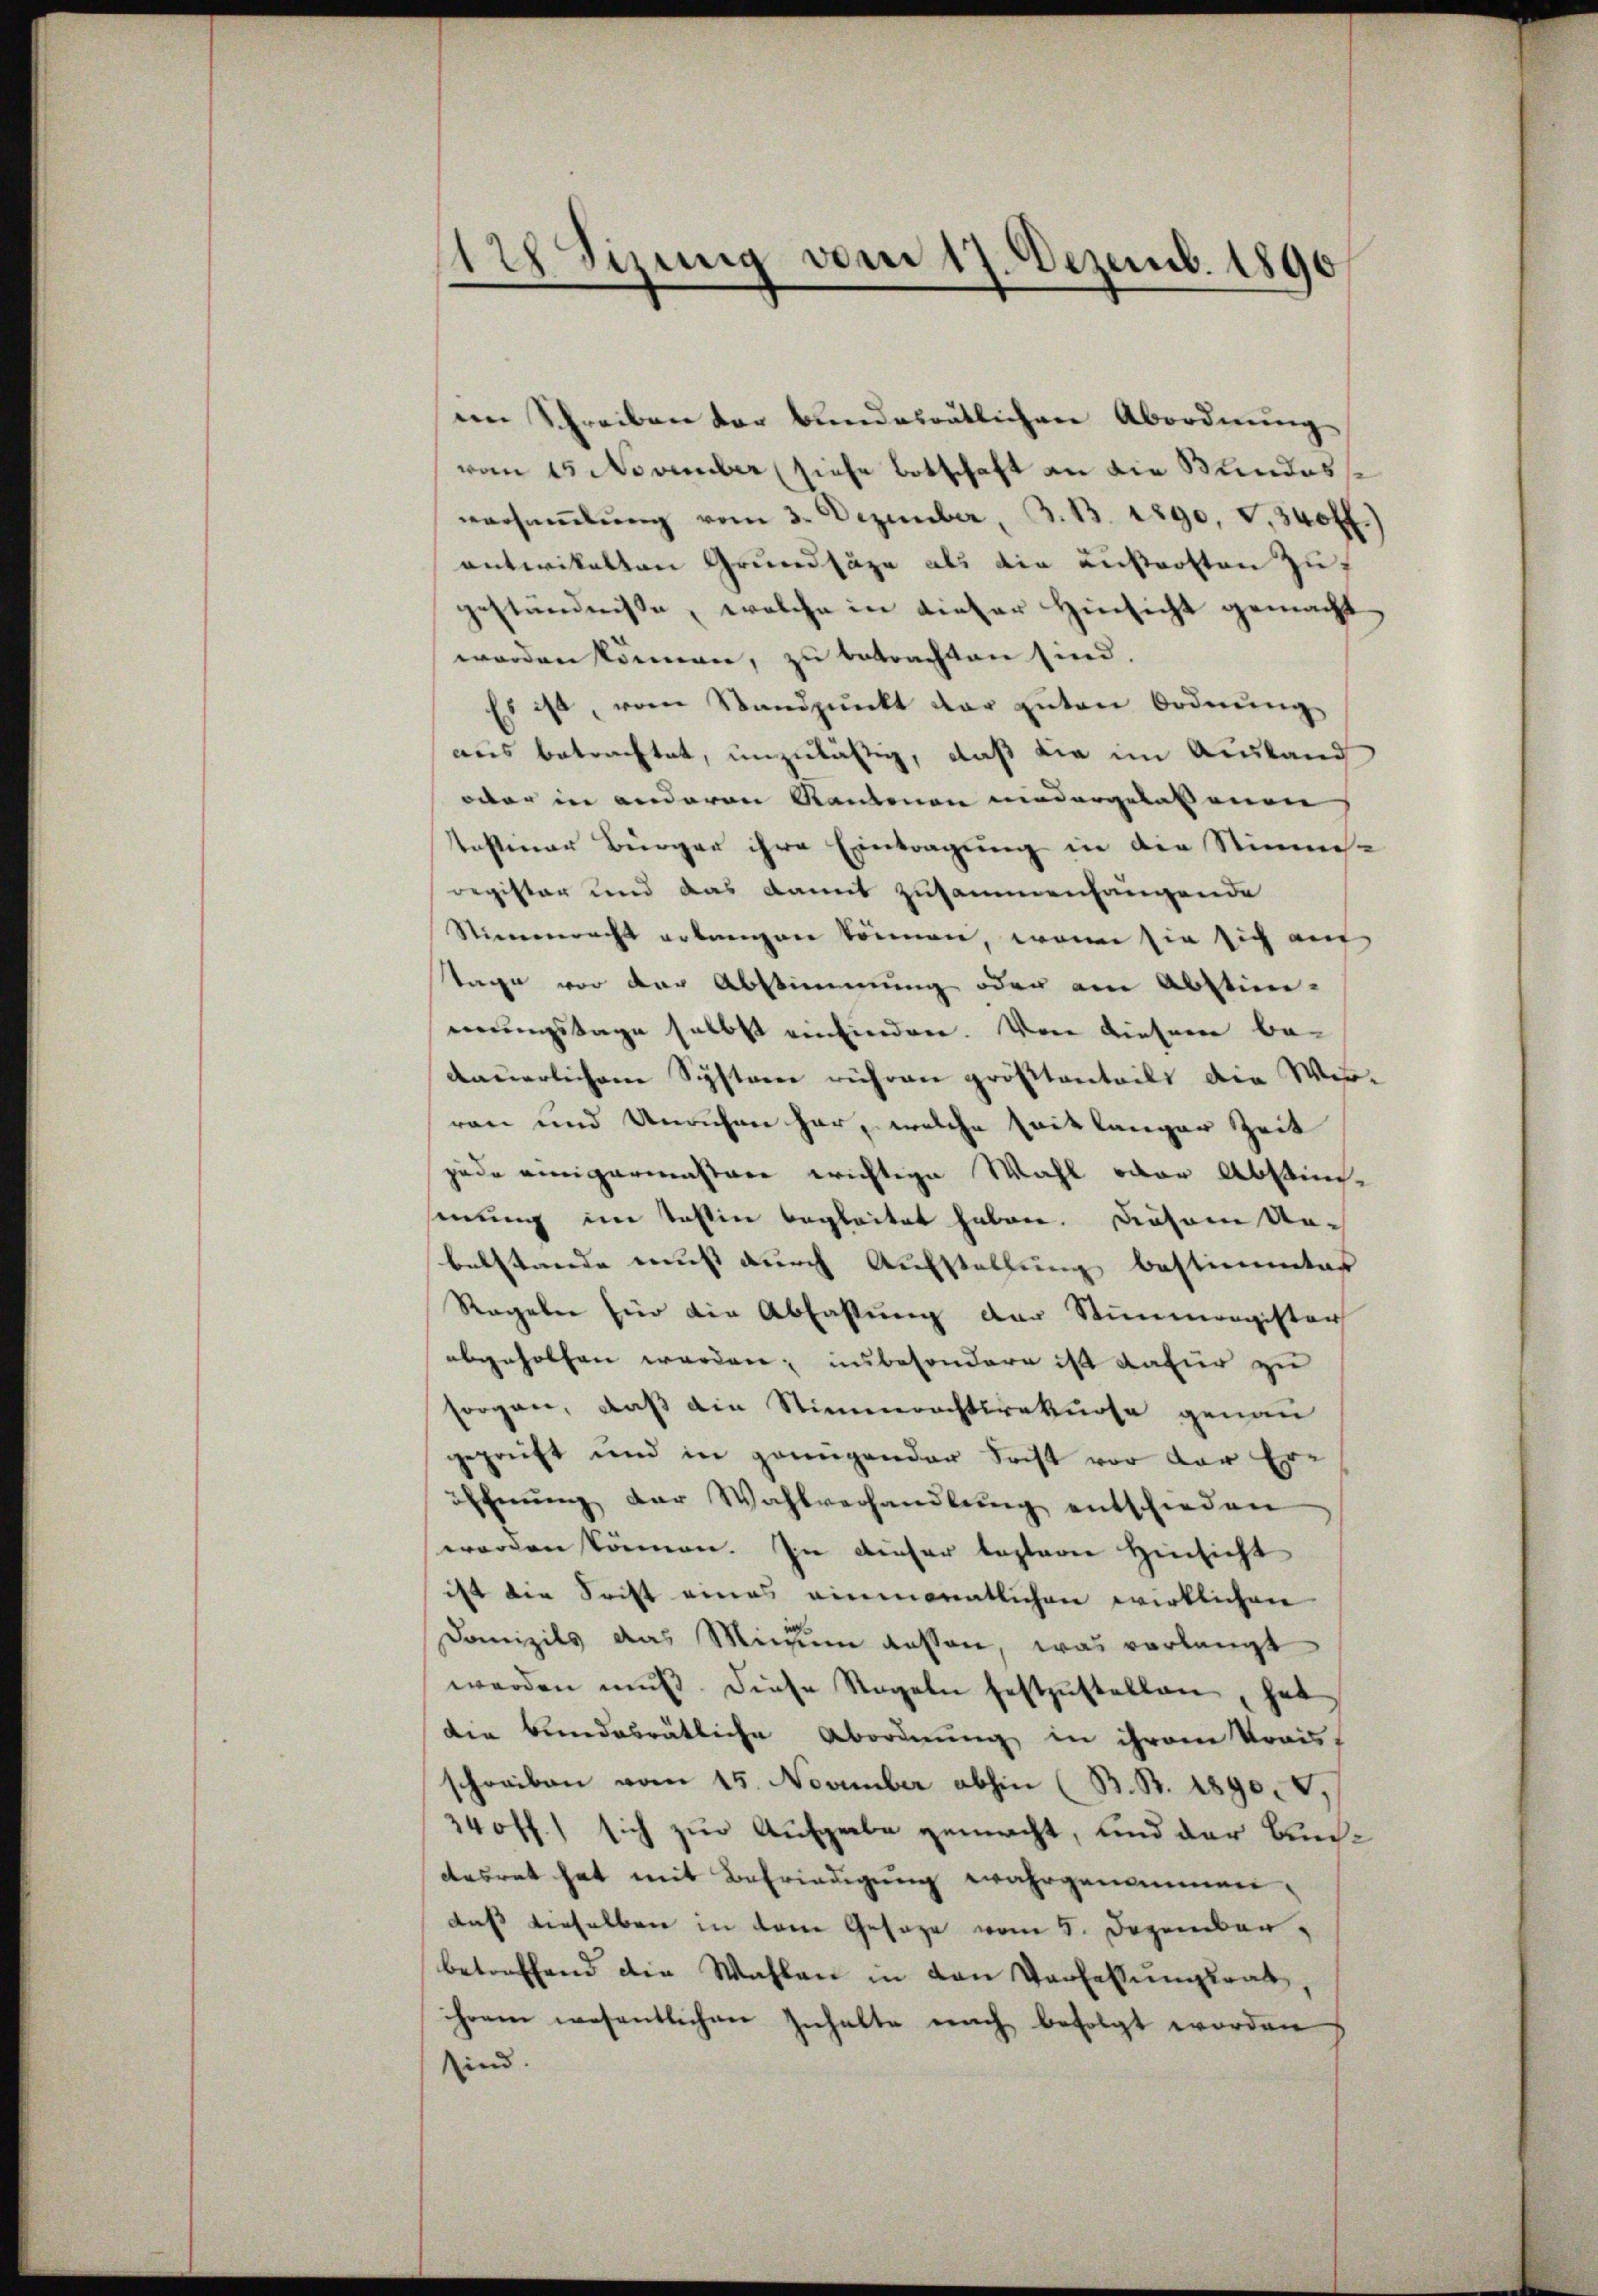
1 Sizung vom 17. Dezemb. 1890

im Schreiben der bundesrätlichen Abordnung
vom 15. November (siehe Botschaft an die Bundesse
versaṁlŭng vom 3. Dezember, 3. 13. 1290. V. 340 ff.)
entwickelten Grundsäze als die ausrotten zugeständnisse, welche in dieser Hinsicht gemacht
worden können, zu betrachten sind.
Es ist, vom Standpŭnkt der anten Ordnŭng
aus betrachtet, unzulässig, daß die im Ausland
oder in anderen Kantonen niedergelassenen |
tastener Bürger ihre Eintragung in die Stimmes-
register und das damit zusammenhängende
Stimmrecht erlangen können, wenn sie sich auf
tage vor der Abstimmung oder am Abstim-
erungstage selbst einfindere. Von diesem be-
dauerlichen Systerer rühren größtenteilt die Wir-
ren und Unruhen her, welche Leitlanger Zeit
jede einigermassere wichtige Wahl oder Abstim-
mung im Tessin begleitet haben. Diesem Un-
belstande muss durch Aufstellung bestimmter
Regaler für die Abfassung der Stimmengister
abgeholfen werden, insbesondere ist dafür zu
sorgen, daß die Stimmrechtsrekurse genau
geprüft und in genügender Sechst vor der Eröffnung der Wahlverhandlung entschieden
worden können. In dieser besterne Hinsicht
ist die Sonst eines einmonatlichen wirklichen
Domizils das Minum aussen, was verlangt
werden mŭβ. Diese Regeln festzŭstellen, hat
die bundesrätliche Abordnung in ihrem Trau-
schreiben vom 15. November abhin (B. B. 1890. 4,
34 ff.) sich zur Aufgabe gemacht, und der Bundesrat hat mit Befriedigung wahrgenommen.
daß dieselben in dem Gesage vom 8. Dezember,
betreffend die Wahlen in den Verfassungsrat
ihrem wesentlichen Inhalte nach befolgt worden
sind.